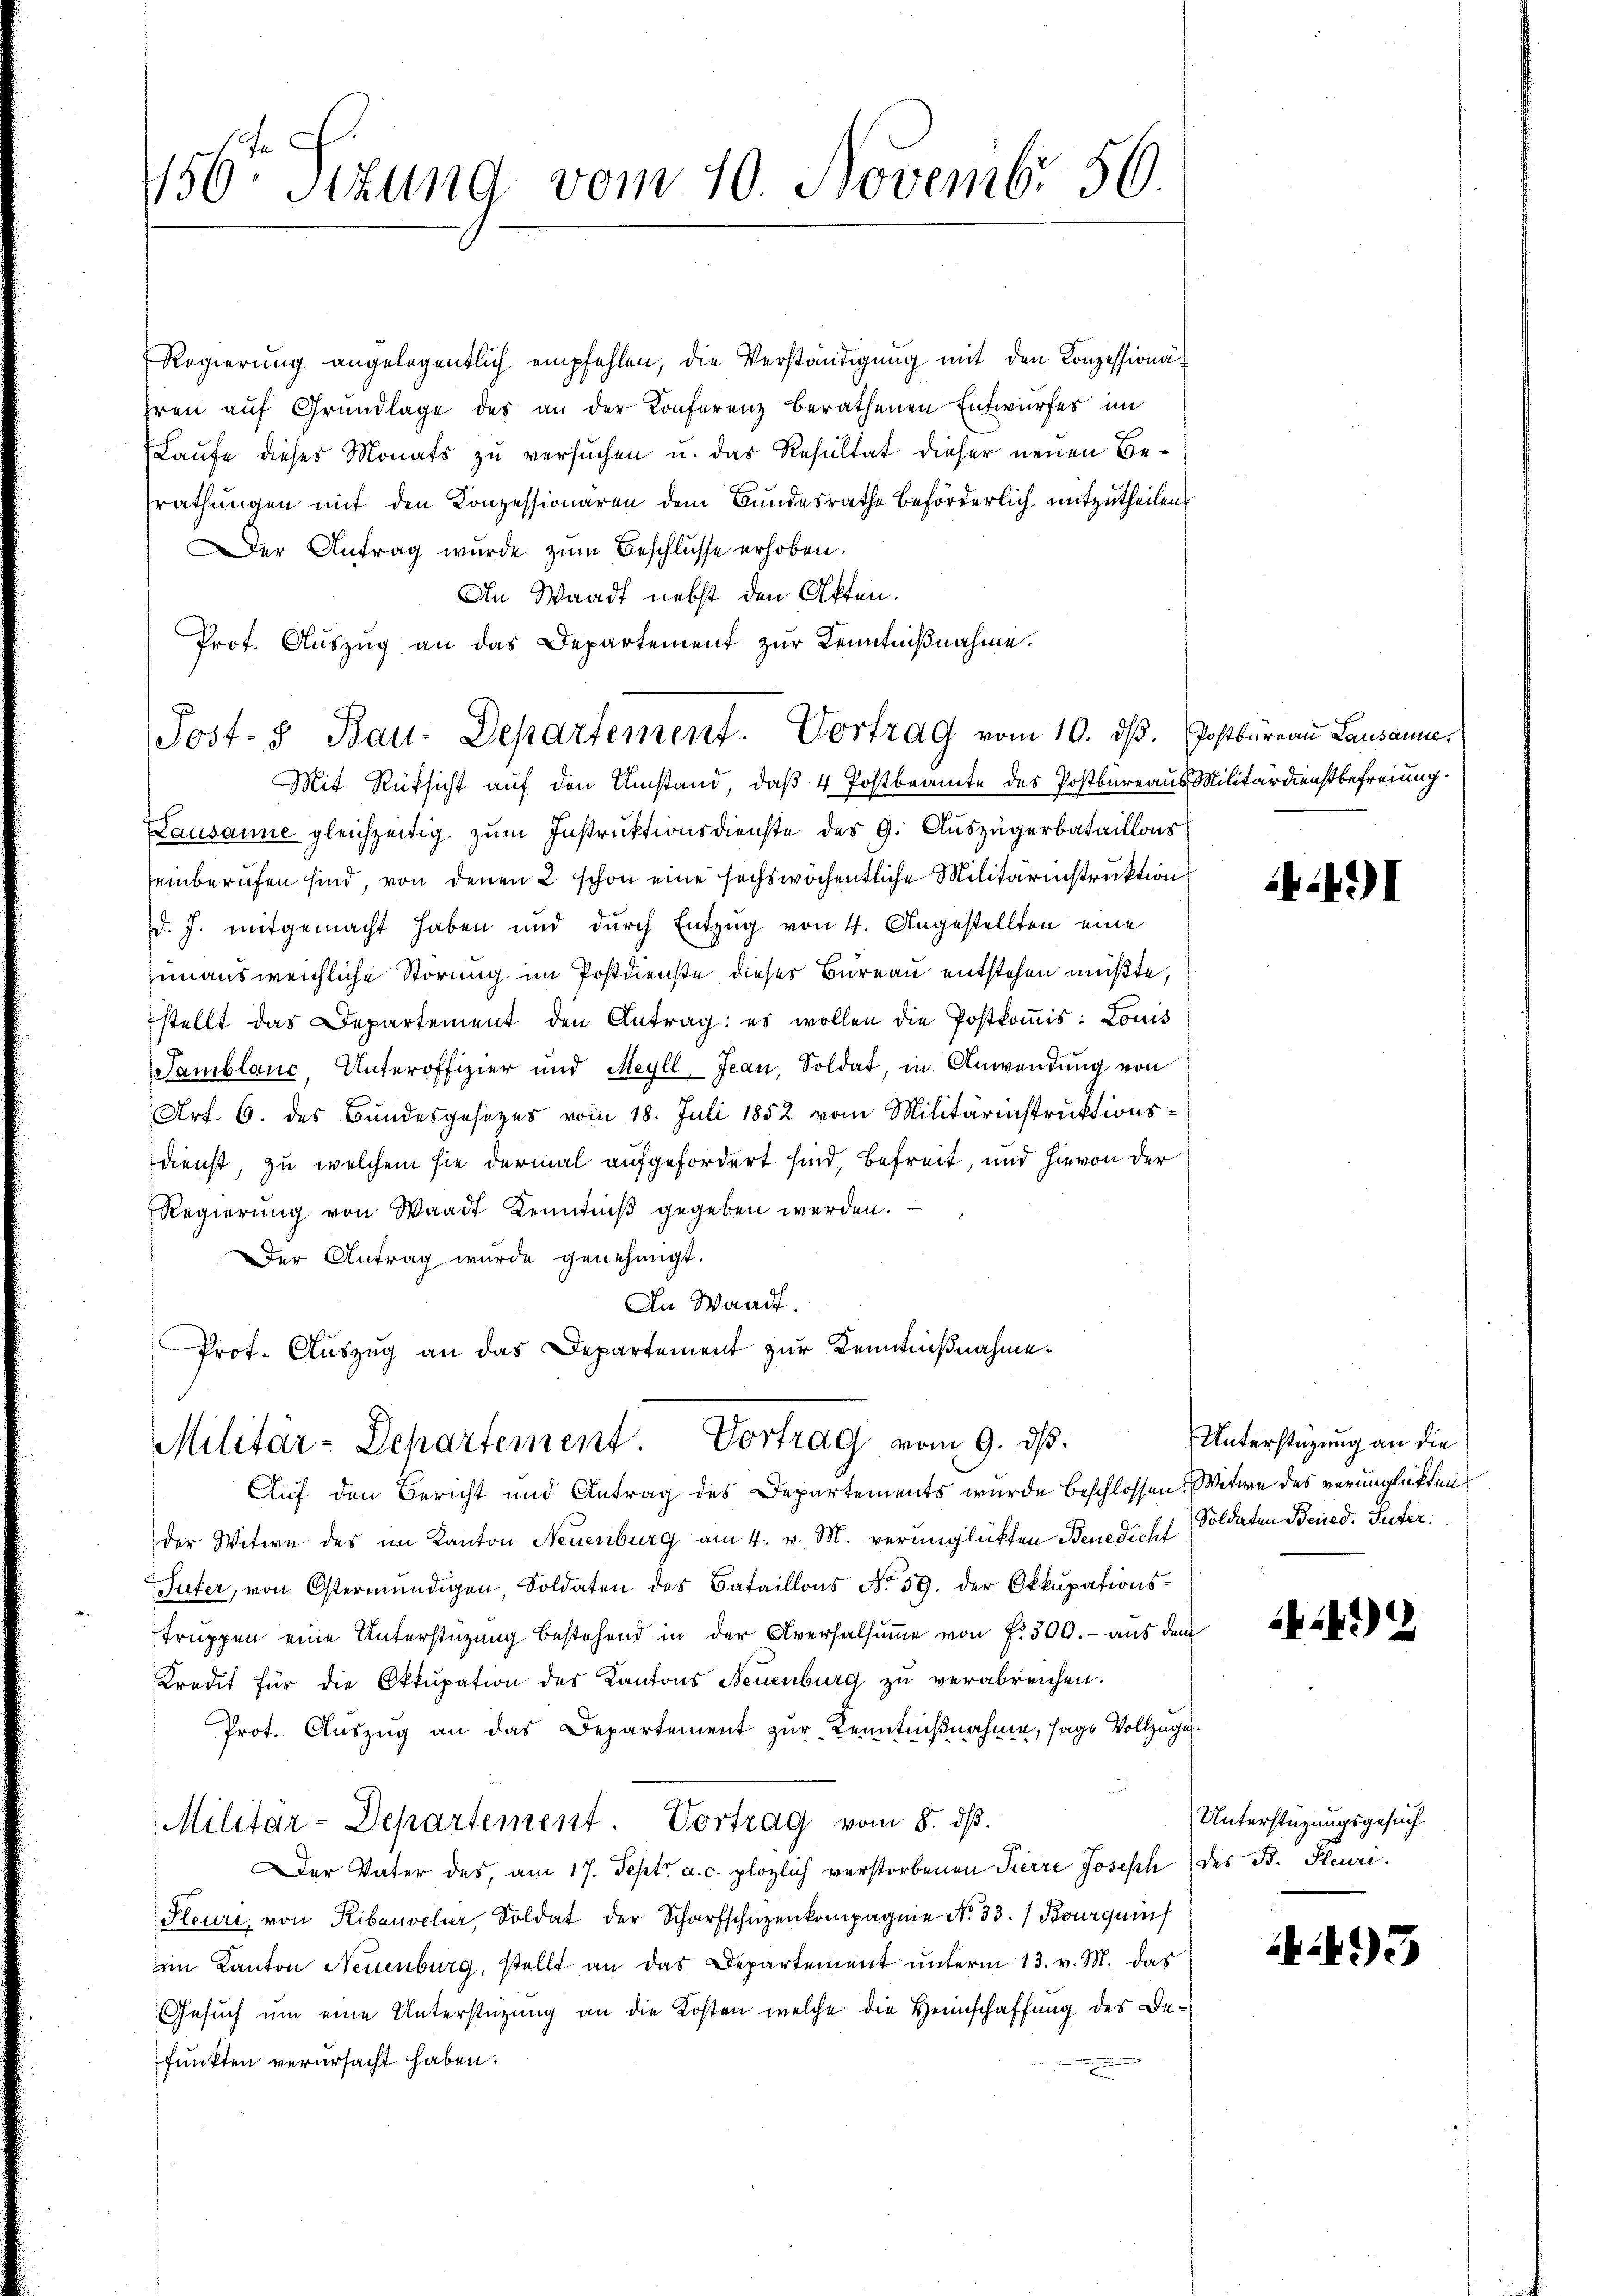
156t Sizung vom 10. Novembr 50.

Regierung angelegentlich empfehlen, die Verständigung mit den Konzessionäeren aŭf Grŭndlage der an der Konferenz berathenen Entwurfes im
Laufe dieses Monats zu versuchen u. das Resultat dieser neuen Berathungen mit den Konzessionaren dem Bundesrathe beförderlich mitzutheilen,
er Antrag wurde zum Beschlüsse erhoben.
An Waadt nebst den Otten.
Prof. Auszug an das Departement zur Kenntnißnahme.
Mit Rüksicht auf den Umstand, daß 4 Postbeamte des Postbureaus Militärdienstbefreiung
Lausanne gleichzeitig zŭm Instruktionsdienste des 9. Auszügerbataillons
einberufen sind, von denen 2 schon eine sechswöchentliche Militärinstruktion
d. J. mitgemacht haben und dŭrch Entzŭg von 4. Angestellten eine
junausweichliche Störung im Postdienste dieses Bureau entstehen müßte,
stellt das Departement den Antrag: es wollen die Postkoṁis: Louis
Samblanc, Unteroffizier und Meyll, Jean, Soldat, in Anwendung von
Art. 6. des Bundesgesezes vom 18. Juli 1852 vom Militärinstruktionsdienst, zu welchem sie dermal aufgefordert sind, befreit, und hievon der
Regierŭng von Waadt Kenntniß gegeben werden.
Der Antrag wurde genehmigt.
In Waadt.
Prot. Auszug an das Departement zur Kenntnißnahme¬

Post- & Bau-Departement. Vortrag vom 10. dβ. Postbüreau Lausanne

Militär-Departement. Vortrag vom 9. dβ.

Auf den Bericht und Antrag des Departements wurde beschlossen: Witwe des verunglükten
der Witwe des im Kanton Neuenburg am 4. v. M. verunglükten Benedicht Soldaten Bened. Suter.
Suter, von Ostermündigen, Soldaten des Bataillons No. 59. der Okkupations-
truppen eine Unterstüzung bestehend in der Aversalsumme von f. 300.- aus dem
Kredit für die Okkupation des Kantons Neuenburg zŭ verabreichen.
Prot. Auszug an das Departement zur Kenntnißnahme, sage Vollzuge¬
Militar-Departement. Vortrag vom 5. dβ.
Der Vater des, am 17. Sept. a. c. plözlich verstorbenen Pierre Joseph des B. Heuri¬
Steure, von Ribauveller, Soldat der Scharfschüzenkompagnie No. 33.) Bourquich
im Kanton Neuenburg, stellt an das Departement unterm 13. v. M. das
Gesuch um eine Unterstützung an die Kosten welche die Heimschaffung des Defunkten verursacht haben.

491

Unterstüzung an die

24)

Unterstützungsgesuch

43